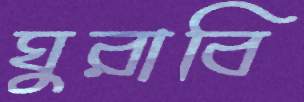
ঘুরাবি